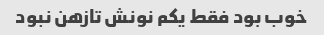
خوب بود فقط یکم نونش تازهن نبود